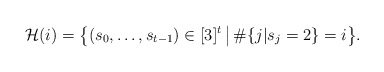
\begin{align*}\mathcal{H}(i) = \bigl\{(s_0, \dots ,s_{t-1}) \in [3]^{t} \, \big\vert \, \#\{j|s_{j}=2\}=i\bigr\}.\end{align*}